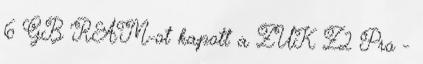
6 GB RAM-ot kapott a ZUK Z2 Pro -